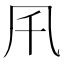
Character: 𠘴